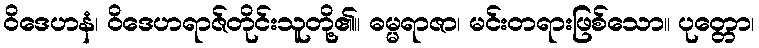
ဝိဒေဟနံ၊ ဝိဒေဟရာဇ်တိုင်းသူတို့၏။ ဓမ္မရာဇာ၊ မင်းတရားဖြစ်သော။ ပုတ္တော၊